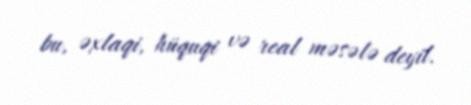
bu, əxlaqi, hüquqi və real məsələ deyil.